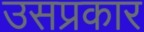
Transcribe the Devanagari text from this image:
उसप्रकार